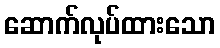
ဆောက်လုပ်ထားသော